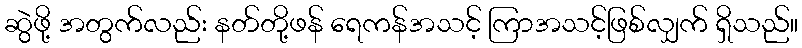
ဆွဲဖို့ အတွက်လည်း နတ်တို့ဖန် ရေကန်အသင့် ကြာအသင့်ဖြစ်လျှက် ရှိသည်။